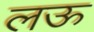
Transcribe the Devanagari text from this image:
लऊ